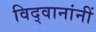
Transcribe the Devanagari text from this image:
विद्वानांनीं